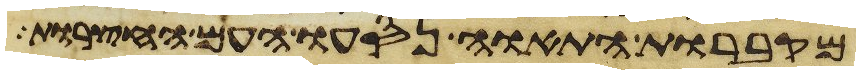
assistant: מקברות התאוה נסעו העם החצרות